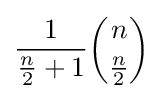
{\frac {1}{{\tfrac {n}{2}}+1}}{\binom {n}{\tfrac {n}{2}}}